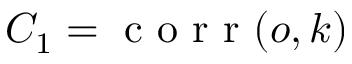
C _ { 1 } = \mathrm { ~ c ~ o ~ r ~ r ~ } ( o , k )